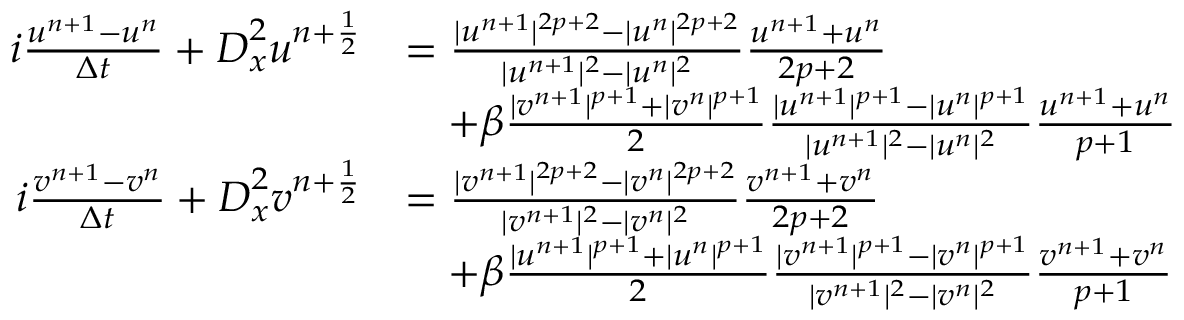
\begin{array} { r l } { i \frac { u ^ { n + 1 } - u ^ { n } } { \Delta t } + \boldsymbol { D } _ { x } ^ { 2 } u ^ { n + \frac { 1 } { 2 } } } & { = \frac { | u ^ { n + 1 } | ^ { 2 p + 2 } - | u ^ { n } | ^ { 2 p + 2 } } { | u ^ { n + 1 } | ^ { 2 } - | u ^ { n } | ^ { 2 } } \frac { u ^ { n + 1 } + u ^ { n } } { 2 p + 2 } } \\ & { \quad + \beta \frac { | v ^ { n + 1 } | ^ { p + 1 } + | v ^ { n } | ^ { p + 1 } } { 2 } \frac { | u ^ { n + 1 } | ^ { p + 1 } - | u ^ { n } | ^ { p + 1 } } { | u ^ { n + 1 } | ^ { 2 } - | u ^ { n } | ^ { 2 } } \frac { u ^ { n + 1 } + u ^ { n } } { p + 1 } } \\ { i \frac { v ^ { n + 1 } - v ^ { n } } { \Delta t } + \boldsymbol { D } _ { x } ^ { 2 } v ^ { n + \frac { 1 } { 2 } } } & { = \frac { | v ^ { n + 1 } | ^ { 2 p + 2 } - | v ^ { n } | ^ { 2 p + 2 } } { | v ^ { n + 1 } | ^ { 2 } - | v ^ { n } | ^ { 2 } } \frac { v ^ { n + 1 } + v ^ { n } } { 2 p + 2 } } \\ & { \quad + \beta \frac { | u ^ { n + 1 } | ^ { p + 1 } + | u ^ { n } | ^ { p + 1 } } { 2 } \frac { | v ^ { n + 1 } | ^ { p + 1 } - | v ^ { n } | ^ { p + 1 } } { | v ^ { n + 1 } | ^ { 2 } - | v ^ { n } | ^ { 2 } } \frac { v ^ { n + 1 } + v ^ { n } } { p + 1 } } \end{array}